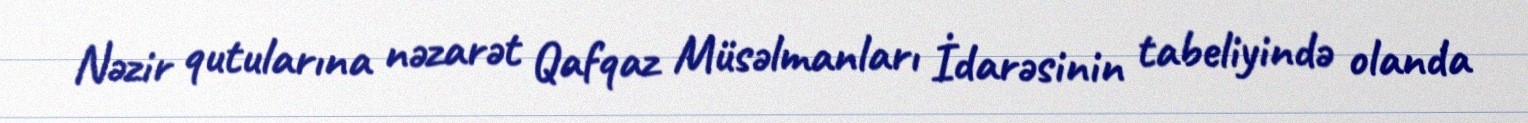
Nəzir qutularına nəzarət Qafqaz Müsəlmanları İdarəsinin tabeliyində olanda